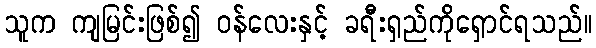
သူက ကျမြင်းဖြစ်၍ ဝန်လေးနှင့် ခရီးရှည်ကိုရှောင်ရသည်။